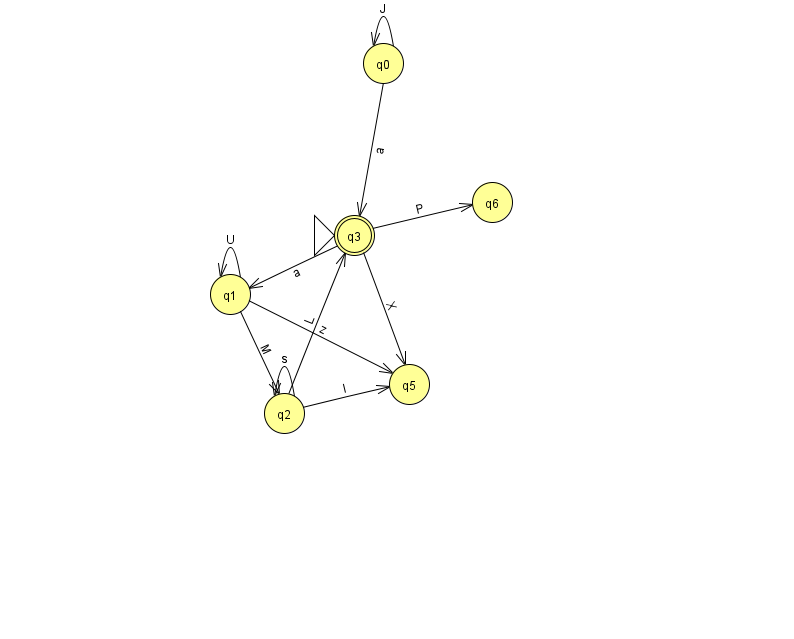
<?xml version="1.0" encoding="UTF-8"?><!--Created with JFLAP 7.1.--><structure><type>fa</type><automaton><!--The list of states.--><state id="0" name="q0"><x>383.0</x><y>50.0</y></state><state id="1" name="q1"><x>230.0</x><y>281.0</y></state><state id="2" name="q2"><x>284.0</x><y>400.0</y></state><state id="3" name="q3"><x>354.0</x><y>222.0</y><initial/><final/></state><state id="5" name="q5"><x>409.0</x><y>371.0</y></state><state id="6" name="q6"><x>492.0</x><y>189.0</y></state><!--The list of transitions.--><transition><from>2</from><to>5</to><read>I</read></transition><transition><from>3</from><to>6</to><read>P</read></transition><transition><from>2</from><to>2</to><read>s</read></transition><transition><from>2</from><to>3</to><read>L</read></transition><transition><from>1</from><to>1</to><read>U</read></transition><transition><from>1</from><to>5</to><read>z</read></transition><transition><from>1</from><to>2</to><read>M</read></transition><transition><from>0</from><to>3</to><read>a</read></transition><transition><from>0</from><to>0</to><read>J</read></transition><transition><from>3</from><to>1</to><read>a</read></transition><transition><from>3</from><to>5</to><read>X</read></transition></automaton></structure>